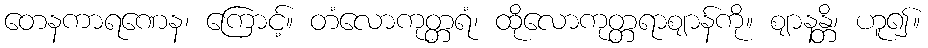
တေနကာရဏေန၊ ကြောင့်။ တံလောကုတ္တရံ၊ ထိုလောကုတ္တရာဈာန်ကို။ ဈာနန္တိ၊ ဟူ၍။